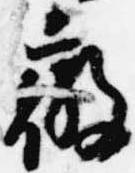
微